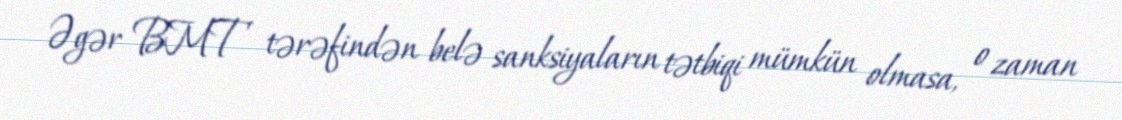
Əgər BMT tərəfindən belə sanksiyaların tətbiqi mümkün olmasa, o zaman